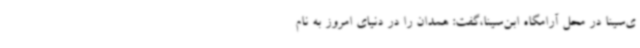
ی‌سینا در محل آرامگاه ابن‌سینا،گفت: همدان را در دنیای امروز به نام